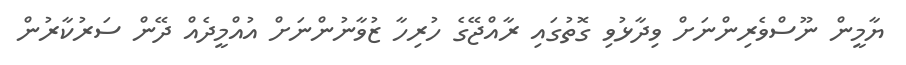
ޔާމީން ނޫސްވެރިންނަށް ވިދާޅުވި ގޮތުގައި ރާއްޖޭގެ ހުރިހާ ޒުވާނުންނަށް އުއްމީދެއް ދޭން ސަރުކާރުން